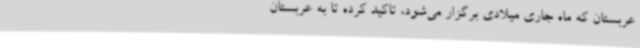
عربستان که ماه جاری میلادی برگزار می‌شود، تاکید کرده تا به عربستان